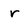
Character: r